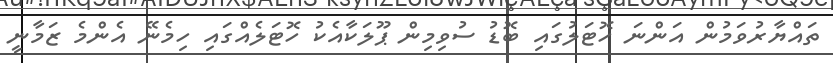
ތައްޔާރުވަމުން އަންނަ ހޮޓަލުގައި ބޮޑު ސުވިމިން ޕޫލަކާއެކު ހޮޓަލެއްގައި ހިމެނޭ އެންމެ ޒަމާނީ